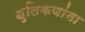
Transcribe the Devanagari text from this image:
धुलिकणांना